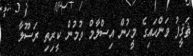
ޘަޤީފު ވަންހައިގެ މީހުން އިސްލާމް ވުމުން ކީރިތި ރަސޫލާ